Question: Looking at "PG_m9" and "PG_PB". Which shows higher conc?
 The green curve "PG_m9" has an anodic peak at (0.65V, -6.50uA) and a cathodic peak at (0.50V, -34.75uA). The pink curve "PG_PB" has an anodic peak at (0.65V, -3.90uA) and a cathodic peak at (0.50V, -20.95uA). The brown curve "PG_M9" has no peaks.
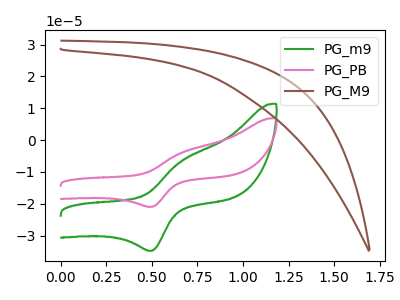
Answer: <think>All the peaks in "PG_m9" have a peak in "PG_PB" at the same potential.
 </think>
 <answer>I cant tell if "PG_m9" or "PG_PB" has higher concentration.</answer>
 <eval>mixed_concentration</eval>